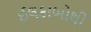
ઈલકાબોથી